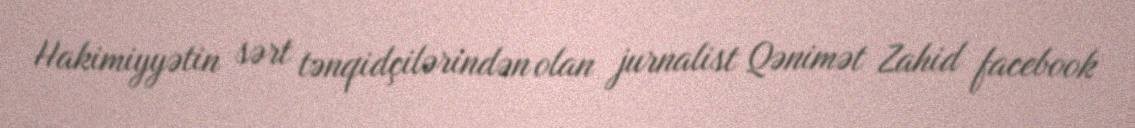
Hakimiyyətin sərt tənqidçilərindən olan jurnalist Qənimət Zahid facebook